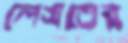
লেসতের